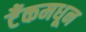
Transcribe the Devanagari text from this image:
टँकमधून